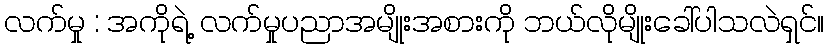
လက်မှု : အကိုရဲ့ လက်မှုပညာအမျိုးအစားကို ဘယ်လိုမျိုးခေါ်ပါသလဲရှင်။